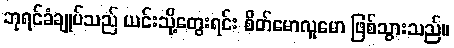
ဘုရင်ခံချုပ်သည် ယင်းသို့တွေးရင်း စိတ်မောလူမော ဖြစ်သွားသည်။